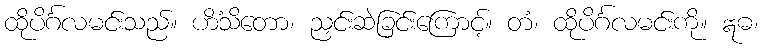
ထိုပိင်္ဂလမင်းသည်။ ဟိံသိတော၊ ညှင်းဆဲခြင်းကြောင့်။ တံ၊ ထိုပိင်္ဂလမင်းကို။ ဣဓ၊